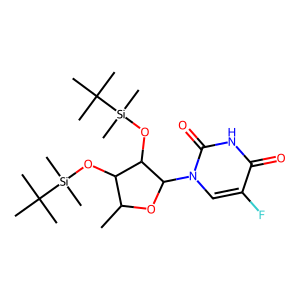
SMILES: CC1OC(n2cc(F)c(=O)[nH]c2=O)C(O[Si](C)(C)C(C)(C)C)C1O[Si](C)(C)C(C)(C)C
Inhibits HIV replication: No